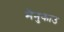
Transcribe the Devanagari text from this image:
मैनुकाउ